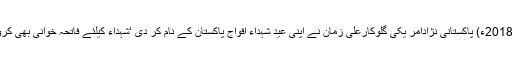
15 جون2018ء) پاکستانی نژادامر یکی گلوکارعلی زمان نے اپنی عید شہداء افواج پاکستان کے نام کر دی ‘شہداء کیلئے فاتحہ خوانی بھی کروائی گئی۔